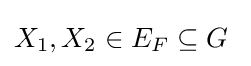
{\textstyle X_{1},X_{2}\in E_{F}\subseteq G\ }